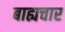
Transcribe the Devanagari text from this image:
बाह्यचार